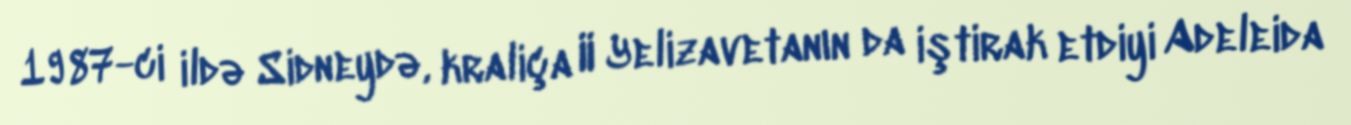
1987-ci ildə Sidneydə, kraliça II Yelizavetanın da iştirak etdiyi Adeleida